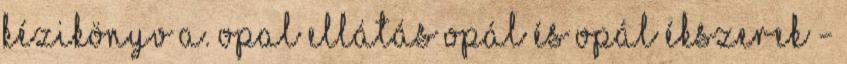
Kézikönyv A. Opal ellátás opál és opál ékszerek -